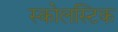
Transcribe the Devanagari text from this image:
स्कोलस्टिक